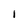
Character: 1